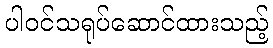
ပါဝင်သရုပ်ဆောင်ထားသည့်